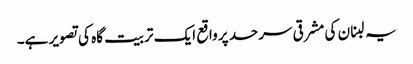
یہ لبنان کی مشرقی سرحد پر واقع ایک تربیت گاہ کی تصویر ہے۔